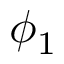
\phi _ { 1 }